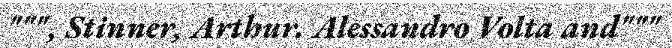
""", Stinner, Arthur. Alessandro Volta and"""